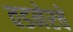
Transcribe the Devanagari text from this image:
वडनेरचे